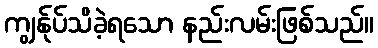
ကျွန်ုပ်သိခဲ့ရသော နည်းလမ်းဖြစ်သည်။